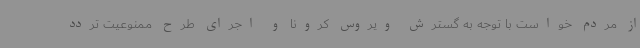
از مردم خواست با توجه به گسترش ویروس کرونا و اجرای طرح ممنوعیت تردد